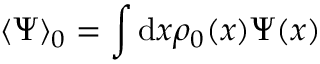
\langle \Psi \rangle _ { 0 } = \int \mathrm { d } \boldsymbol { x } \rho _ { 0 } ( \boldsymbol { x } ) \Psi ( \boldsymbol { x } )